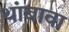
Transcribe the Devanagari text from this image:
थांबावा